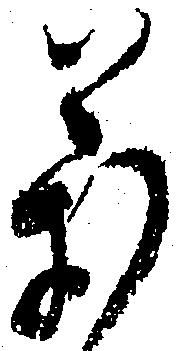
万